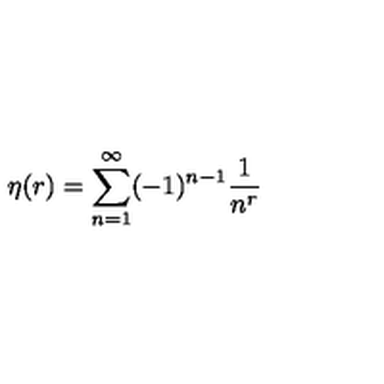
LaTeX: \eta ( r ) = \sum _ { n = 1 } ^ { \infty } ( - 1 ) ^ { n - 1 } { \frac { 1 } { n ^ { r } } }